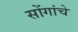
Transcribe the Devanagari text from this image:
सोंगांचे